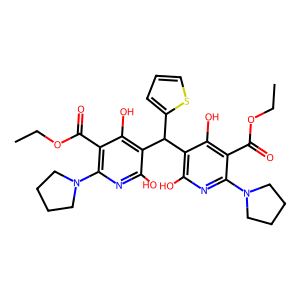
SMILES: CCOC(=O)c1c(N2CCCC2)nc(O)c(C(c2cccs2)c2c(O)nc(N3CCCC3)c(C(=O)OCC)c2O)c1O
Inhibits HIV replication: No